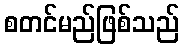
စတင်မည်ဖြစ်သည်